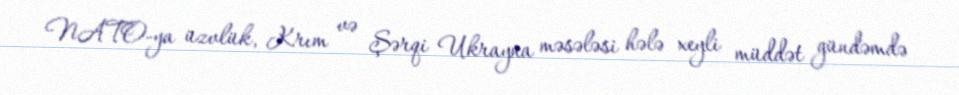
NATO-ya üzvlük, Krım və Şərqi Ukrayna məsələsi hələ xeyli müddət gündəmdə